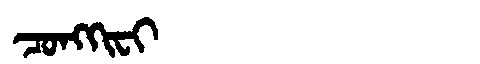
Manchu: ᠴᠣᠩᡴᡳᠸᡳ
Romanization: CONGKIFI